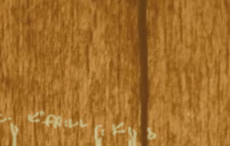
محلات بيع الأحذية الرياضي